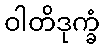
ဝါတိဒုက္ခံ